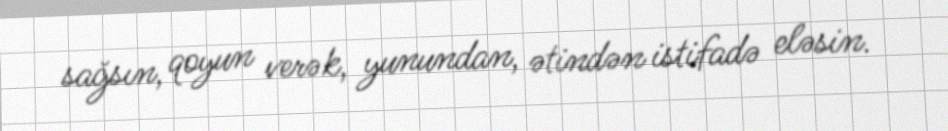
sağsın, qoyun verək, yunundan, ətindən istifadə eləsin.